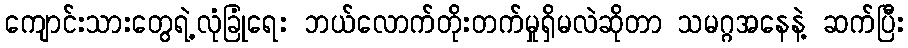
ကျောင်းသားတွေရဲ့လုံခြုံရေး ဘယ်လောက်တိုးတက်မှုရှိမလဲဆိုတာ သမဂ္ဂအနေနဲ့ ဆက်ပြီး